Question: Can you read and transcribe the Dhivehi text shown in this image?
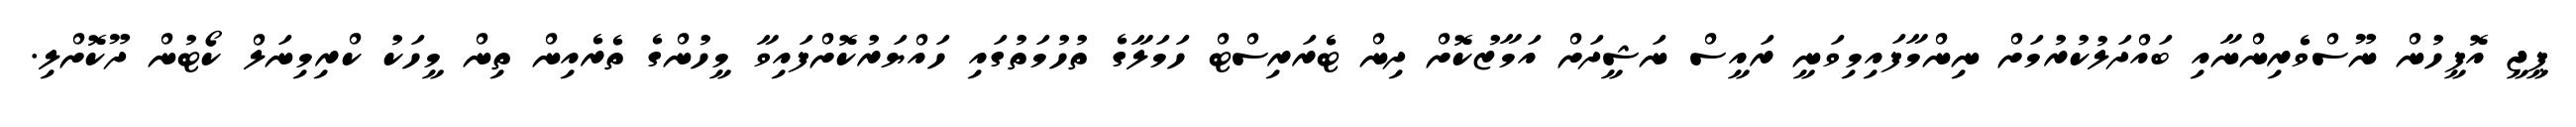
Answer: ޕީޖީ އޮފީހުން ނޫސްވެރިންނާއި ބައްދަލުކުރުމަށް ނިންމާފައިމިވަނީ ރައީސް ނަޝީދަށް އަމާޒުކޮށް ދިން ޓެރަރިސްޓް ހަމަލާގެ ތުހުމަތުގައި ހައްޔަރުކޮށްފައިވާ މީހުންގެ ތެރެއިން ތިން މީހަކު ކްރިމިނަލް ކޯޓުން ދޫކޮށްލި.